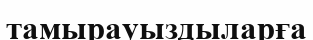
тамырауыздыларға